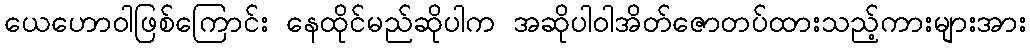
ယေဟောဝါဖြစ်ကြောင်း နေထိုင်မည်ဆိုပါက အဆိုပါဝါအိတ်ဇောတပ်ထားသည့်ကားများအား